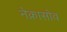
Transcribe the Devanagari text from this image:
नेक्रासोव